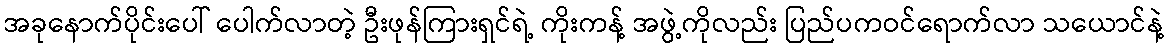
အခုနောက်ပိုင်းပေါ် ပေါက်လာတဲ့ ဦးဖုန်ကြားရှင်ရဲ့ ကိုးကန့် အဖွဲ့ကိုလည်း ပြည်ပကဝင်ရောက်လာ သယောင်နဲ့